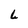
Character: L